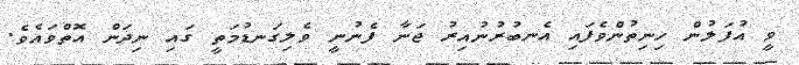
ވީ އުފަލުން ހިނިތުންވެފައި އެނބުރުނުއިރު ޖަނާ ފެނުނީ ވެލިގަނޑުމަތީ ގައި ނިދަން އޮތްވައެވެ.